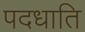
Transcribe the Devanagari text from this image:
पदधाति